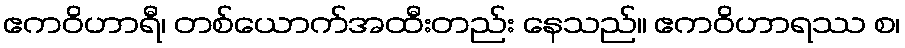
ဧကဝိဟာရီ၊ တစ်ယောက်အထီးတည်း နေသည်။ ဧကဝိဟာရဿ စ၊